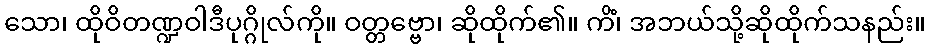
သော၊ ထိုဝိတဏ္ဍဝါဒီပုဂ္ဂိုလ်ကို။ ဝတ္တဗ္ဗော၊ ဆိုထိုက်၏။ ကိံ၊ အဘယ်သို့ဆိုထိုက်သနည်း။